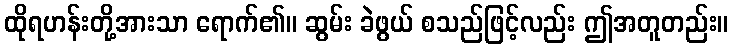
ထိုရဟန်းတို့အားသာ ရောက်၏။ ဆွမ်း ခဲဖွယ် စသည်ဖြင့်လည်း ဤအတူတည်း။